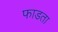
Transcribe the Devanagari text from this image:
फाडता